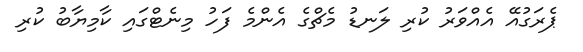
ޕެރަގުއޭ އެއްވަރު ކުރި ލަނޑު މެޗްގެ އެންމެ ފަހު މިނެޓްގައި ކާމިޔާބު ކުރި